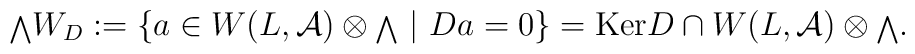
{{\scriptstyle \bigwedge}}W_D:=\{a\in W(L,{\cal A})\otimes {\scriptstyle \bigwedge}\  |\  Da=0\}={\rm Ker}D\cap W(L,{\cal A})\otimes{\scriptstyle \bigwedge}.